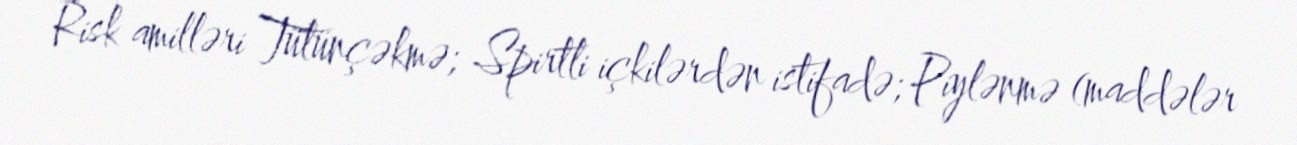
Risk amilləri Tütünçəkmə; Spirtli içkilərdən istifadə; Piylənmə (maddələr